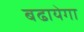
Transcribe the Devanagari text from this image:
बढायेगा